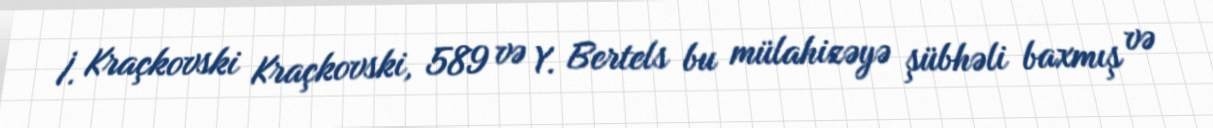
İ. Kraçkovski Kraçkovski, 589 və Y. Bertels bu mülahizəyə şübhəli baxmış və